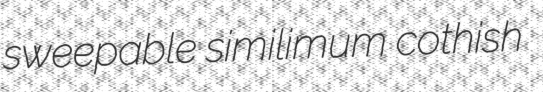
sweepable similimum cothish